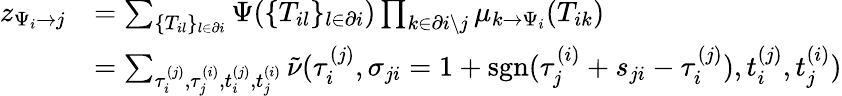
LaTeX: \begin{array}{r}{\begin{array}{rl}{z_{\Psi_{i}\to j}}&{=\sum_{\{ T_{il}\} _{l\in\partial i}}\Psi(\{ T_{il}\} _{l\in\partial i})\prod_{k\in\partial i\setminus j}\mu_{k\to\Psi_{i}}(T_{ik})}\\ &{=\sum_{\tau_{i}^{(j)},\tau_{j}^{(i)},t_{i}^{(j)},t_{j}^{(i)}}\tilde{\nu}(\tau_{i}^{(j)},\sigma_{ji}=1+\mathrm{sgn}(\tau_{j}^{(i)}+s_{ji}-\tau_{i}^{(j)}),t_{i}^{(j)},t_{j}^{(i)})}\end{array}}\end{array}